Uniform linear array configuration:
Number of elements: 24
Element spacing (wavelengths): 1
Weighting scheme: exponential
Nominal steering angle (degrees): -60
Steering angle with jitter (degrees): -61.477
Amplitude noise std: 0.05
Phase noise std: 0.05

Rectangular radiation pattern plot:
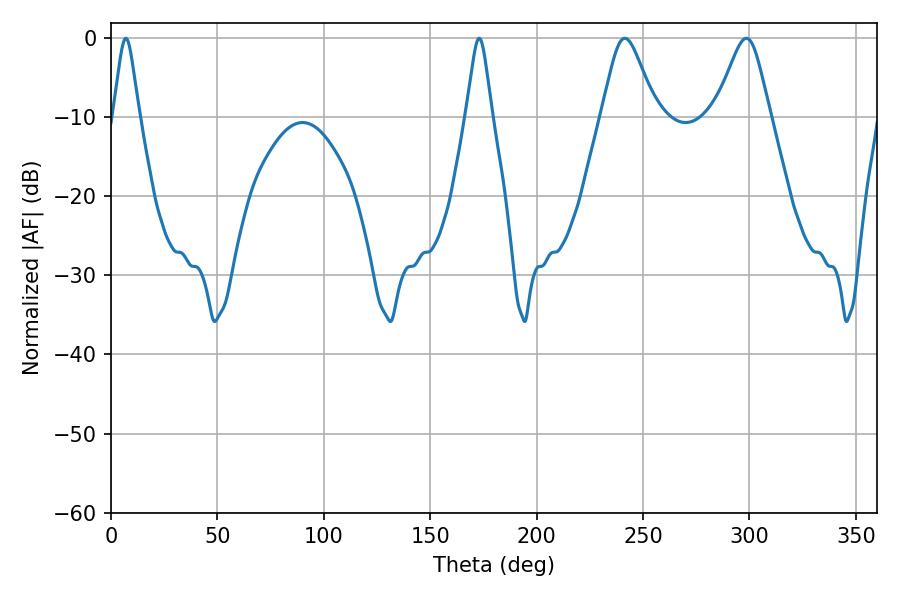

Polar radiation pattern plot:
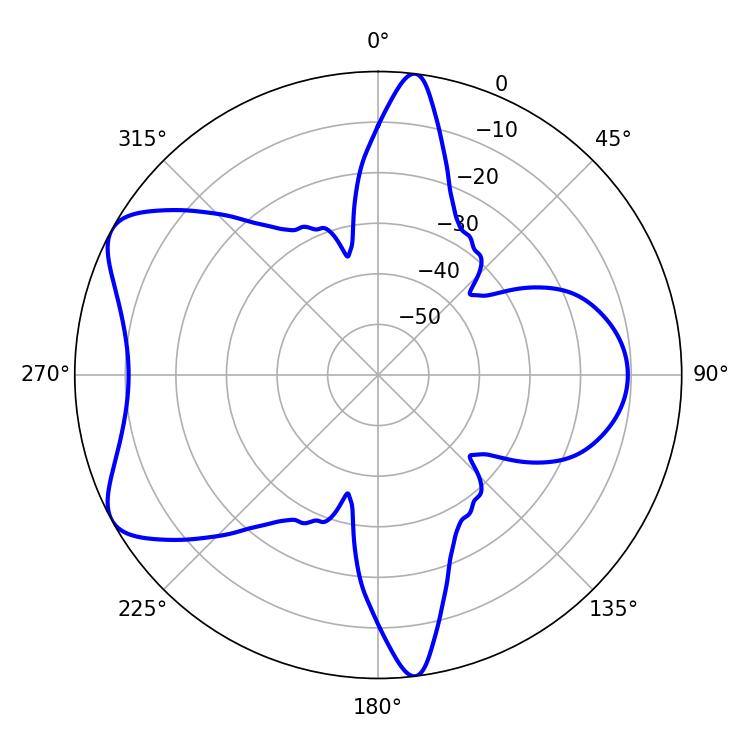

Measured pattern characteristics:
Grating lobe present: TRUE
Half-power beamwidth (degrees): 12.42
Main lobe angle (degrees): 298.62